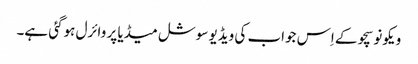
ویکونو سچو کے اِس جواب کی ویڈیو سوشل میڈیا پر وائرل ہوگئی ہے۔